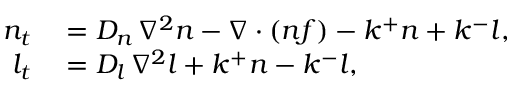
\begin{array} { r l } { n _ { t } } & { { } = D _ { n } \, \nabla ^ { 2 } n - \nabla \cdot \left( n f \right) - k ^ { + } n + k ^ { - } l , } \\ { l _ { t } } & { { } = D _ { l } \, \nabla ^ { 2 } l + k ^ { + } n - k ^ { - } l , } \end{array}